Vaccine operations Central Provinces & Berar 1912-1920 - 1912-1920
Year: 1912
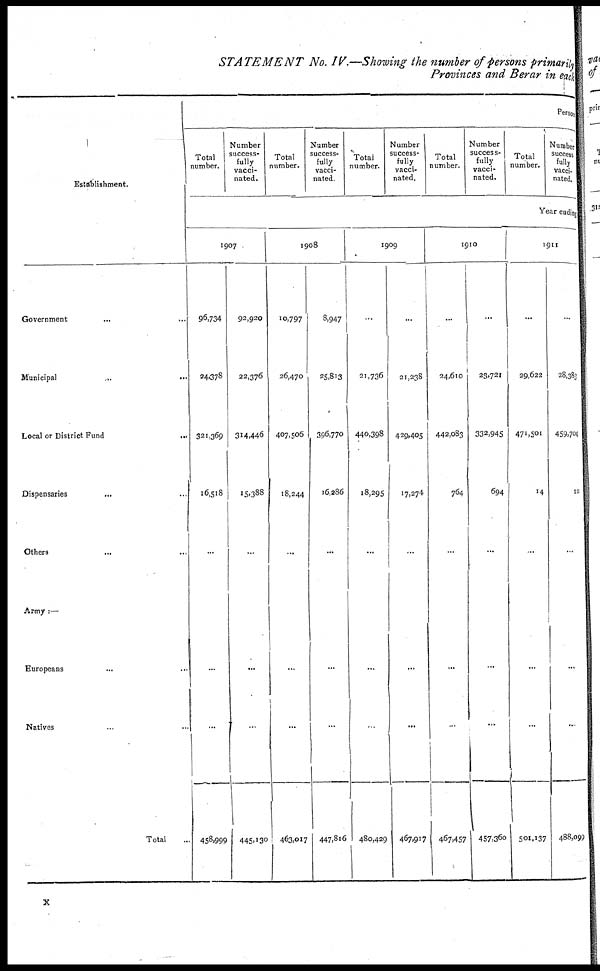
STATEMENT No. IV.—Showing the number of persons primarily
Provinces and Berar in each
Establishment.
Government ... ...
Municipal
...
...
Local or District Fund
...
...
Dispensaries ... ...
Others ... ...
Army :—
Europeans ... ...
Natives ... ...
Total ...
Persons
Total
number.
Number
success-
fully
vacci-
nated.
Total
number.
Number
success-
fully
vacci-
nated
Total
number.
Number
success-
fully
vacci-
nated.
Total
number.
Number
success-
fully
vacci-
nated.
Total
number.
Number
success
fully
vacci-
nated.
Year ending
1907
96,734
24,378
321,369
16,518
...
...
...
458,999
92,920
22,376
314,446
15,388
...
...
...
445,130
1908
10,797
26,470
407,506
18,244
...
...
...
463,017
8,947
25,813
396,770
16,286
...
...
...
447,816
1909
...
21,736
440,398
18,295
...
...
...
480,429
...
21,238
429,405
17,274
...
...
...
467,917
1910
...
24,610
442,083
764
...
...
...
467,457
...
23,721
332,945
694
...
...
...
457,360
1911
...
29,622
471,501
14
...
...
...
501,137
...
28,383
459,704
12
...
...
...
488,099
x